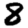
Digit: 8